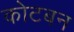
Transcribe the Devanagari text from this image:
कोटबन